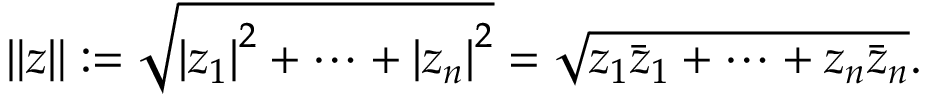
\left\| { \boldsymbol { z } } \right\| : = { \sqrt { \left| z _ { 1 } \right| ^ { 2 } + \cdots + \left| z _ { n } \right| ^ { 2 } } } = { \sqrt { z _ { 1 } { \bar { z } } _ { 1 } + \cdots + z _ { n } { \bar { z } } _ { n } } } .